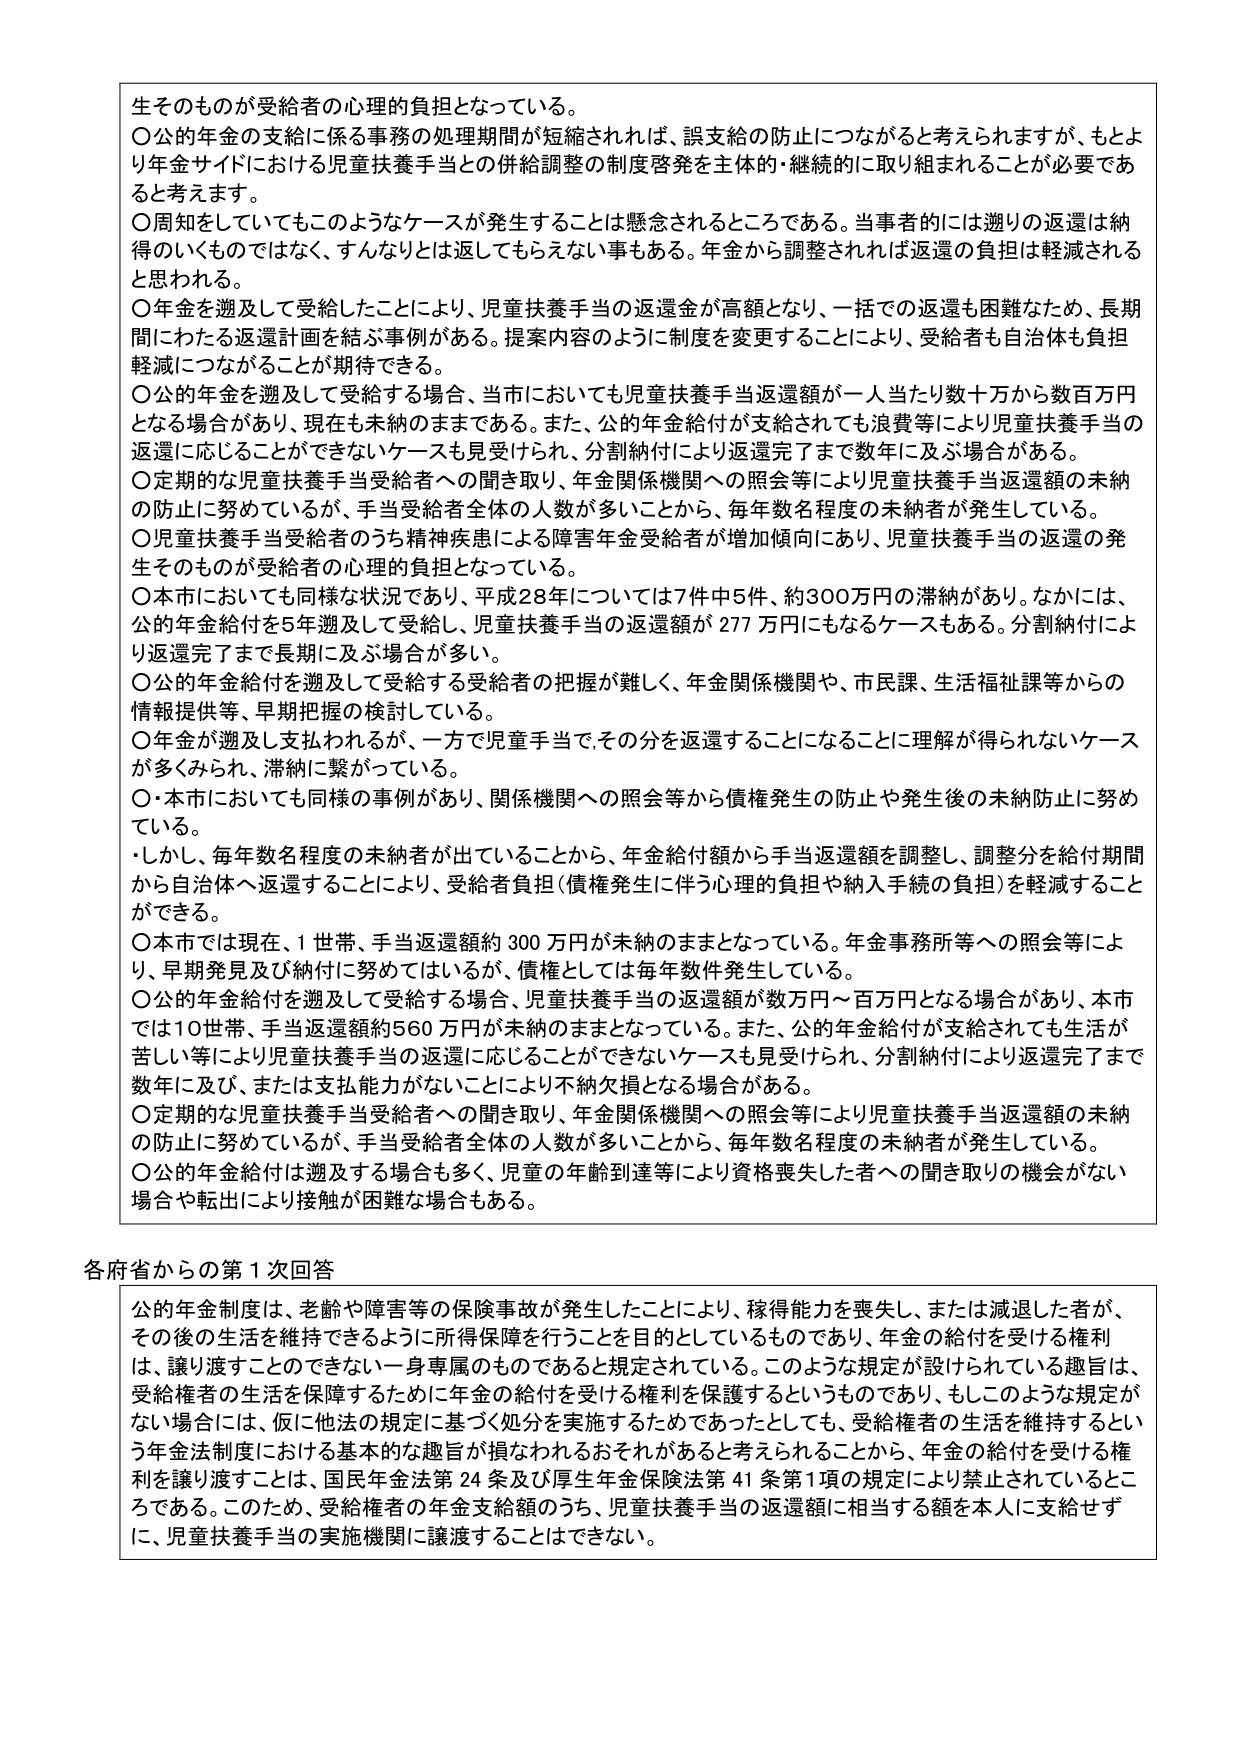
生そのものが受給者の心理的負担となっている。

〇公的年金の支給に係る事務の処理期間が短縮されれば、誤支給の防止につながると考えられますが、もとより年金サイドにおける児童扶養手当との併給調整の制度啓発を主体的・継続的に取り組まれることが必要であると考えます。

〇周知をしていてもこのようなケースが発生することは懸念されるところである。当事者の的には遡りの返還は納得のいくものではなく、すんなりとは返してもらえない事もある。年金から調整されれば返還の負担は軽減されると思われる。

〇年金を遡及して受給したことにより、児童扶養手当の返還金が高額となり、一括での返還も困難なため、長期間にわたる返還計画を結ぶ事例がある。提案内容のように制度を変更することにより、受給者も自治体も負担軽減につながることが期待できる。

〇公的年金を遡及して受給する場合、当市においても児童扶養手当返還額が一人当たり数十万から数百万円となる場合があり、現在も未納のままである。また、公的年金給付が支給されても浪費等により児童扶養手当の返還に応じることができないケースも見受けられ、分割納付により返還完了まで数年に及ぶ場合がある。

〇定期的な児童扶養手当受給者への聞き取り、年金関係機関への照会等により児童扶養手当返還額の未納の防止に努めているが、手当受給者全体の人数が多いことから、毎年数名程度の未納者が発生している。

〇児童扶養手当受給者のうち精神疾患による障害年金受給者が増加傾向にあり、児童扶養手当の返還の発生そのものが受給者の心理的負担となっている。

〇本市においても同様な状況であり、平成28年については7件中5件、約300万円の滞納があり。なかには、公的年金給付を5年遡及して受給し、児童扶養手当の返還額が277万円にもなるケースもある。分割納付により返還完了まで長期に及ぶ場合が多い。

〇公的年金給付を遡及して受給する受給者の把握が難しく、年金関係機関や、市民課、生活福祉課等からの情報提供等、早期把握の検討している。

〇年金が遡及し支払われるが、一方で児童手当で、その分を返還することになることに理解が得られないケースが多くみられ、滞納に繋がっている。

〇本市においても同様の事例があり、関係機関への照会等から債権発生の防止や発生後の未納防止に努めている。

・しかし、毎年数名程度の未納者が出ていることから、年金給付額から手当返還額を調整し、調整分を給付期間から自治体へ返還することにより、受給者負担（債権発生に伴う心理的負担や納入手続の負担）を軽減することができる。

〇本市では現在、1世帯、手当返還額約300万円が未納のままとなっている。年金事務所等への照会等により、早期発見及び納付に努めてはいるが、債権としては毎年数件発生している。

〇公的年金給付を遡及して受給する場合、児童扶養手当の返還額が数万円～百万円となる場合があり、本市では10世帯、手当返還額約560万円が未納のままとなっている。また、公的年金給付が支給されても生活が苦しい等により児童扶養手当の返還に応じることができないケースも見受けられ、分割納付により返還完了まで数年に及ぶ、または支払能力がないことにより不納欠損となる場合がある。

〇定期的な児童扶養手当受給者への聞き取り、年金関係機関への照会等により児童扶養手当返還額の未納の防止に努めているが、手当受給者全体の人数が多いことから、毎年数名程度の未納者が発生している。

〇公的年金給付は遡及する場合も多く、児童の年齢到達等により資格喪失した者への聞き取りの機会がない場合や転出により接触が困難な場合もある。

各府省からの第1次回答

公的年金制度は、老齢や障害等の保険事故が発生したことにより、稼得能力を喪失し、または減退した者が、その後の生活を維持できるように所得保障を行うことを目的としているものであり、年金の給付を受ける権利は、譲り渡すことのできない一身専属のものであると規定されている。このような規定が設けられている趣旨は、受給権者の生活を保障するために年金の給付を受ける権利を保護するというものであり、もしこのような規定がない場合には、仮に他法の規定に基づく処分を実施するためであったとしても、受給権者の生活を維持するという年金法制度における基本的な趣旨が損なわれるおそれがあると考えられることから、年金の給付を受ける権利を譲り渡すことは、国民年金法第24条及び厚生年金保険法第41条第1項の規定により禁止されているところである。このため、受給権者の年金支給額のうち、児童扶養手当の返還額に相当する額を本人に支給せずに、児童扶養手当の実施機関に譲渡することはできない。